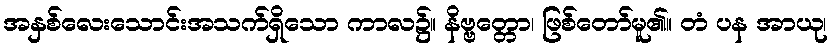
အနှစ်လေးသောင်းအသက်ရှိသော ကာလ၌။ နိဗ္ဗတ္တော၊ ဖြစ်တော်မူ၏။ တံ ပန အာယု၊